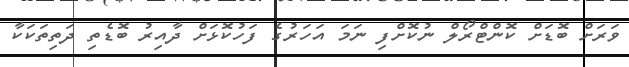
ވަރަށް ބޮޑަށް ކޮންޓްރޯލް ނުކޮށްފި ނަމަ އަހަރުގެ ފަހުކޮޅަށް ދާއިރު ބޮޑެތި ދަތިތަކަކާ